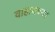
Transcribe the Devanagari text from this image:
वाहायच्या